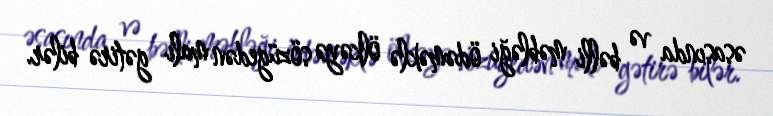
əsasında və bəlli məbləği ödəməklə ölkəyə sözügedən malı gətirə bilər.